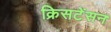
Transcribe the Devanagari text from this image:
क्रिसटेंसन